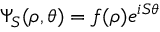
\Psi _ { S } ( \rho , \theta ) = f ( \rho ) e ^ { i S \theta }